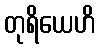
တုရိယေဟိ